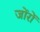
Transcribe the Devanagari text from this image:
जोंरों